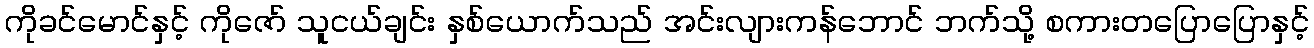
ကိုခင်မောင်နှင့် ကိုဇော် သူငယ်ချင်း နှစ်ယောက်သည် အင်းလျားကန်ဘောင် ဘက်သို့ စကားတပြောပြောနှင့်